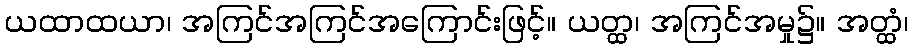
ယထာထယာ၊ အကြင်အကြင်အကြောင်းဖြင့်။ ယတ္ထ၊ အကြင်အမှု၌။ အတ္ထံ၊